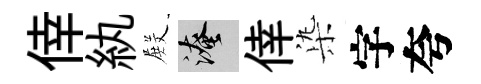
倖紈𭮺淹倖𣑱字夸